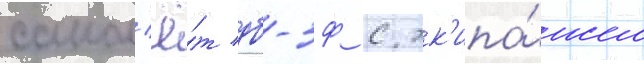
самол'ё́т дб-3ф с эк'ипа́жем